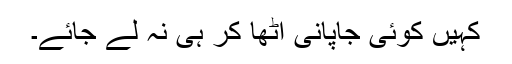
کہیں کوئی جاپانی اٹھا کر ہی نہ لے جائے۔